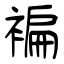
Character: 褊